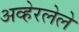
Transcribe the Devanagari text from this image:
अव्हेरलेले